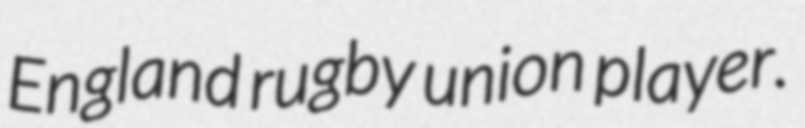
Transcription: England rugby union player.